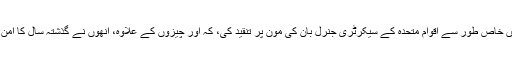
CPJ کے ڈائریکٹر جوئل سیمون اقوام متحدہ میں ایک نیوز کانفرنس میں خاص طور سے اقوام متحدہ کے سیکرٹری جنرل بان کی مون پر تنقید کی، کہ اور چیزوں کے علاوہ، انھوں نے گذشتہ سال کا امن کا نوبیل انعام جیتنے والے لیو ژیابو کو مبارکباد نہیں دی۔